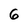
Character: 6